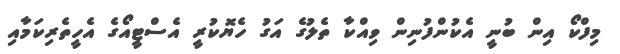
މިފްކޯ އިން ބުނީ އެކުންފުނިން ވިއްކާ ތެލުގެ އަގު ހެޔޮކުރީ އެސްޓީއޯގެ އެހީތެރިކަމާއި